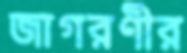
জাগরণীর